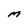
Character: M